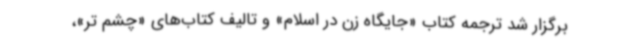
برگزار شد ترجمه کتاب «جایگاه زن در اسلام» و تالیف کتاب‌های «چشم تر»،